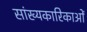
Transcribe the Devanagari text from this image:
सांख्यकारिकाओं